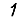
Digit: 1